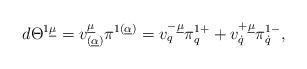
LaTeX: \begin{align*}d\Theta^{1\underline\mu}=v^{\underline\mu}_{(\underline\alpha)}\pi^{1(\underline\alpha)}=v^{-\underline\mu}_q\pi^{1+}_q+v^{+\underline\mu}_{\dot q}\pi^{1-}_{\dot q},\end{align*}